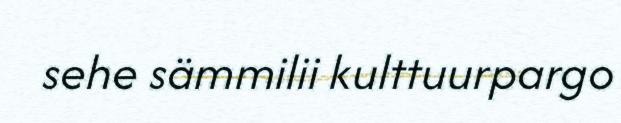
sehe sämmilii kulttuurpargo